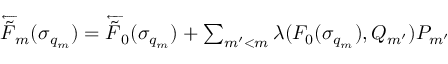
\begin{array} { r } { \overleftarrow { \tilde { F } } _ { m } ( \sigma _ { q _ { m } } ) = \overleftarrow { \tilde { F } } _ { 0 } ( \sigma _ { q _ { m } } ) + \sum _ { m ^ { \prime } < m } \lambda ( F _ { 0 } ( \sigma _ { q _ { m } } ) , Q _ { m ^ { \prime } } ) P _ { m ^ { \prime } } } \end{array}